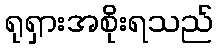
ရုရှားအစိုးရသည်